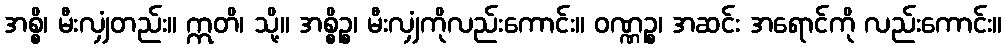
အစ္စိ၊ မီးလျှံတည်း။ ဣတိ၊ သို့။ အစ္စိဉ္စ၊ မီးလျှံကိုလည်းကောင်း။ ဝဏ္ဏဉ္စ၊ အဆင်း အရောင်ကို လည်းကောင်း။